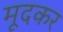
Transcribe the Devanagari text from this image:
मूदकर